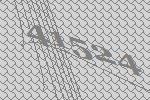
41524